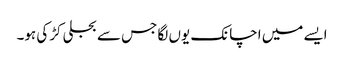
ایسے میں اچانک یوں لگا جس سے بجلی کڑکی ہو۔